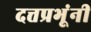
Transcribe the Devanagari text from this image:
दत्तप्रभूंनी